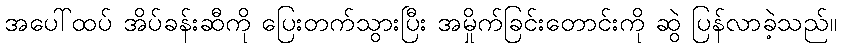
အပေါ်ထပ် အိပ်ခန်းဆီကို ပြေးတက်သွားပြီး အမှိုက်ခြင်းတောင်းကို ဆွဲ ပြန်လာခဲ့သည်။